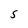
Character: S